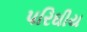
પરિઘીય